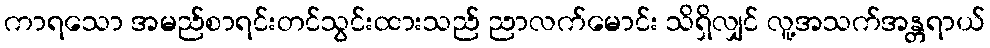
ကာရသော အမည်စာရင်းတင်သွင်းထားသည် ညာလက်မောင်း သိရှိလျှင် လူ့အသက်အန္တရာယ်